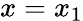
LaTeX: x=x_{1}